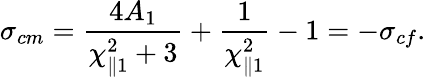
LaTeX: \sigma_{cm}=\frac{4A_{1}}{\chi_{\parallel 1}^{2}+3}+\frac{1}{\chi_{\parallel 1}^{2}}-1=-\sigma_{cf}.